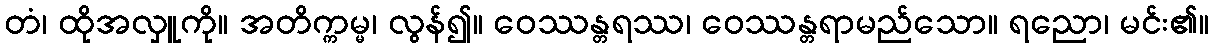
တံ၊ ထိုအလှူကို။ အတိက္ကမ္မ၊ လွန်၍။ ဝေဿန္တရဿ၊ ဝေဿန္တရာမည်သော။ ရညော၊ မင်း၏။